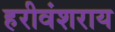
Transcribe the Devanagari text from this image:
हरीवंशराय